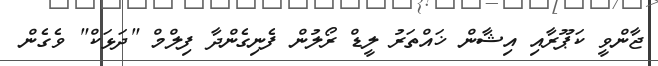
ޖާންވީ ކަޕޫރާއި އިޝާން ޚައްތަރު ލީޑް ރޯލުން ފެނިގެންދާ ފިލްމް "ދަޅަކް" ވެގެން